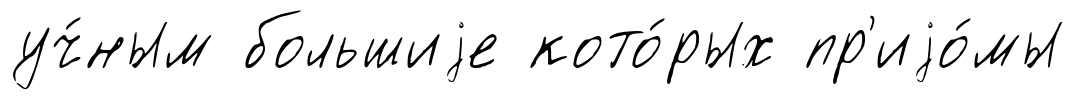
уч́ным большиjе кото́рых пр'иjо́мы